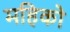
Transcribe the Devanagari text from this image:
महिको